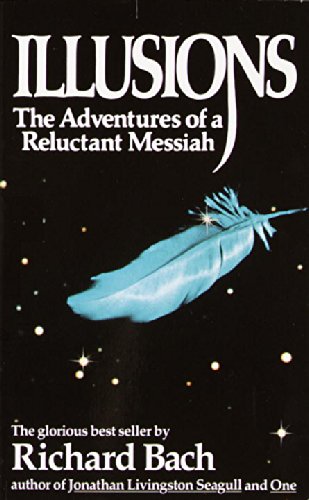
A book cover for Illusions: The Adventures of a Reluctant Messiah; Richard Bach; Literature & Fiction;